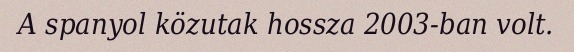
A spanyol közutak hossza 2003-ban volt.